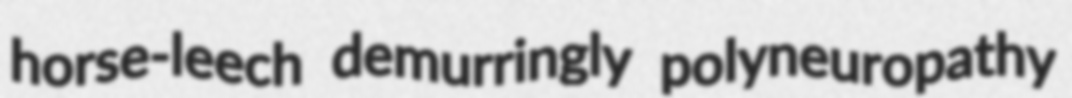
horse-leech demurringly polyneuropathy